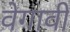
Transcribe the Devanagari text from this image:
वेगावी